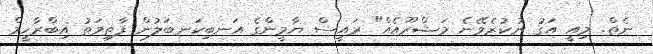
ނެތް. މިއީ އަގު ނުކުރެވޭނެ މަޝްރޫއެއް" ރައީސް ޔާމީންގެ އަނބިކަނބަލުން ފާތިމަތު އިބްރާހީމް